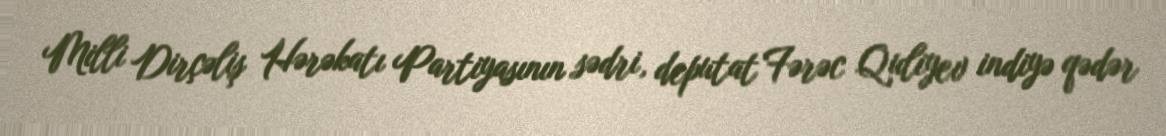
Milli Dirçəliş Hərəkatı Partiyasının sədri, deputat Fərəc Quliyev indiyə qədər